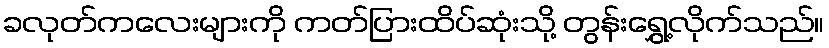
ခလုတ်ကလေးများကို ကတ်ပြားထိပ်ဆုံးသို့ တွန်းရွှေ့လိုက်သည်။